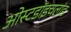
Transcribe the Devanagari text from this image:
ओस्टडॉइचलांड